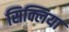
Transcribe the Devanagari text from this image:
सिक्लिया